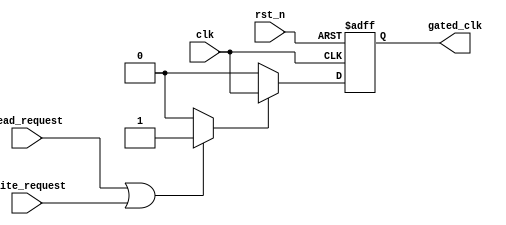
module clock_gating_control (
    input wire clk,                 // Global clock
    input wire rst_n,               // Active-low reset
    input wire read_request,        // Read request signal
    input wire write_request,       // Write request signal
    output reg gated_clk            // Gated clock output
);

    reg active;                     // Determines if the memory block is active

    // Determine active state based on read/write requests
    always @(*) begin
        if (read_request || write_request) 
            active = 1'b1;          // Memory block is active
        else 
            active = 1'b0;          // Memory block is idle
    end

    // Clock gating logic
    always @(posedge clk or negedge rst_n) begin
        if (!rst_n) 
            gated_clk <= 1'b0;      // On reset, disable gated clock
        else 
            gated_clk <= active ? clk : 1'b0; // Pass through clk or turn off
    end
endmodule